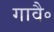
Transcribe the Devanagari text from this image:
गावै॰